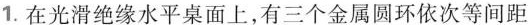
1.在光滑绝缘水平桌面上，有三个金属圆环依次等间距